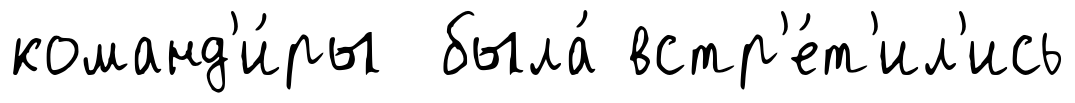
команд'и́ры была́ встр'е́т'ил'ись